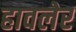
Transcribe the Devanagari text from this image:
हावलेर